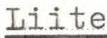
Liite